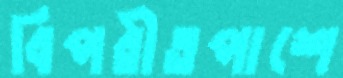
বিপরীতপাশে